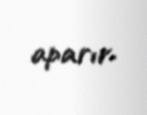
aparır.